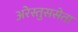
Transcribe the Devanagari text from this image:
अरेस्तुससेता